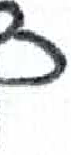
אות: כ